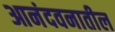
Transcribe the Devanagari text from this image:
आनंदवनातील